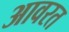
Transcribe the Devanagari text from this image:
आवरत